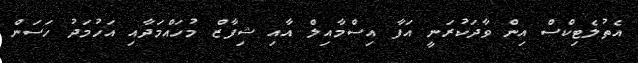
އެތުލެޓިކްސް އިން ވާދަކުރަނީ އަފާ އިސްމާއިލް އާއި ޝިފާޒް މުހައްމަދާއި އަހުމަދު ހަސަން